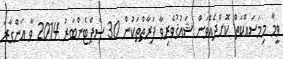
ވީމާ މިމަސައްކަތް ކޮށްދެއްވަން ޝައުޤުވެރިވާ ފަރާތްތަކުން 30 ސެޕްޓެންބަރު 2014 ވާ އަންގާރަ